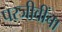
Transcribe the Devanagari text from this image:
परजीवींचा